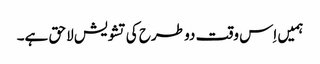
ہمیں اِس وقت دو طرح کی تشویش لاحق ہے۔